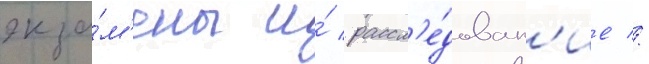
экза́м'ены и́ рассл'е́дован'ие //